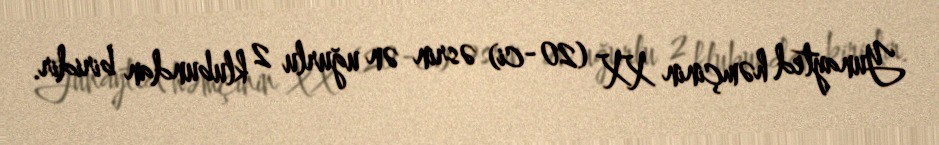
Yunayted həmçinin XX (20-ci) əsrin ən uğurlu 2 klubundan biridir.